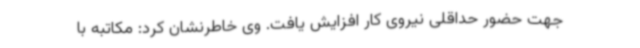
جهت حضور حداقلی نیروی کار افزایش یافت. وی خاطرنشان کرد: مکاتبه با